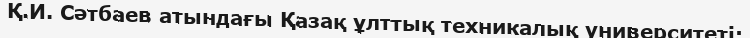
Қ.И. Сәтбаев атындағы Қазақ ұлттық техникалық университеті;